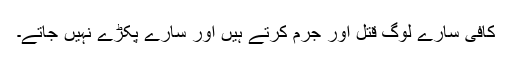
کافی سارے لوگ قتل اور جرم کرتے ہیں اور سارے پکڑے نہیں جاتے۔